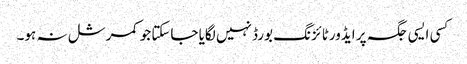
کسی ایسی جگہ پر ایڈورٹائزنگ بورڈ نہیں لگایا جاسکتا جو کمرشل نہ ہو۔